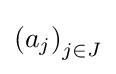
\left(a_{j}\right)_{j\in J}